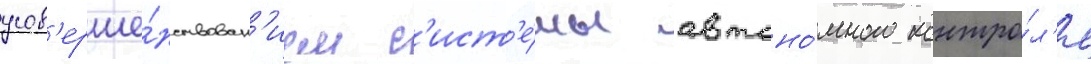
усов'ерше́нствован'ием с'ист'е́мы автоно́много контро́л'я